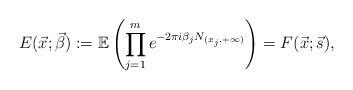
LaTeX: \begin{align*}E(\vec x;\vec\beta):=\mathbb E\left(\prod_{j = 1}^m e^{-2\pi i\beta_j N_{(x_j,+\infty)}}\right)=F(\vec x;\vec s),\end{align*}